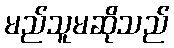
မည်သူမဆိုသည်